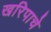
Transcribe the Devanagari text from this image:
खरिपाचे